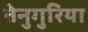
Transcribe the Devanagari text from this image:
तेनुगुरिया